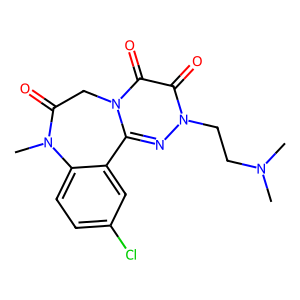
SMILES: CN(C)CCn1nc2n(c(=O)c1=O)CC(=O)N(C)c1ccc(Cl)cc1-2
Inhibits HIV replication: No